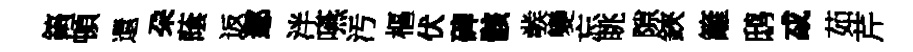
鎬頓還朶䕃返鄢泮嚥汚樞伏碑骸彂變忘眺隙鋏籬鸱㦯茹芹